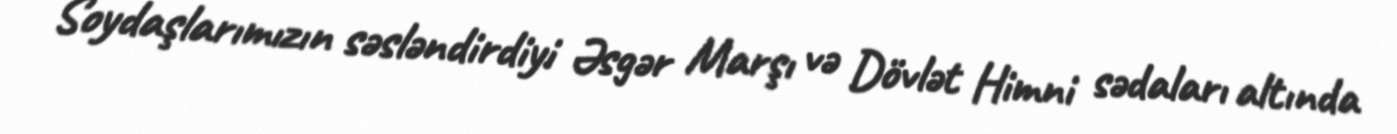
Soydaşlarımızın səsləndirdiyi Əsgər Marşı və Dövlət Himni sədaları altında